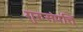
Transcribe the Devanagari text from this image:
गुरुसंपत्ति